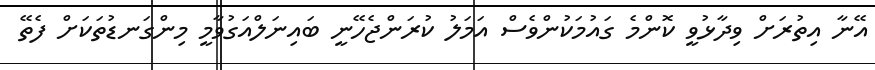
އޭނާ އިތުރަށް ވިދާޅުވީ ކޮންމެ ގައުމަކުންވެސް އަމަލު ކުރަންޖެހޭނީ ބައިނަލްއަގުވާމީ މިންގަނޑުތަކަށް ފެތޭ